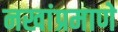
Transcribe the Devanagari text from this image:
नखांप्रमाणे